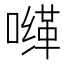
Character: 𰈮